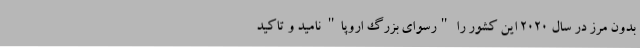
بدون مرز در سال 2020 این کشور را "رسوای بزرگ اروپا" نامید و تاکید